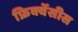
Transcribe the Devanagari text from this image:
फ्रिक्वेंसीस